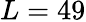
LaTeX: L=49